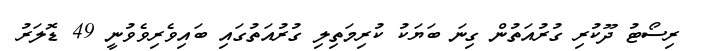
ރިސޯޓު ދޫކުރި ގުރުއަތުން ގިނަ ބަޔަކު ކުރިމަތިލި ގުރުއަތުގައި ބައިވެރިވެވުނީ 49 ޑޮލަރު